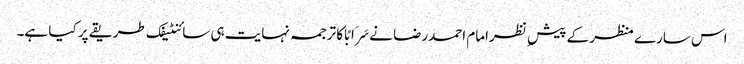
اس سارے منظر کے پیش ِ نظرامام احمدرضا نےسَرَابًا کا ترجمہ نہایت ہی سائنٹیفک طریقے پر کیا ہے۔